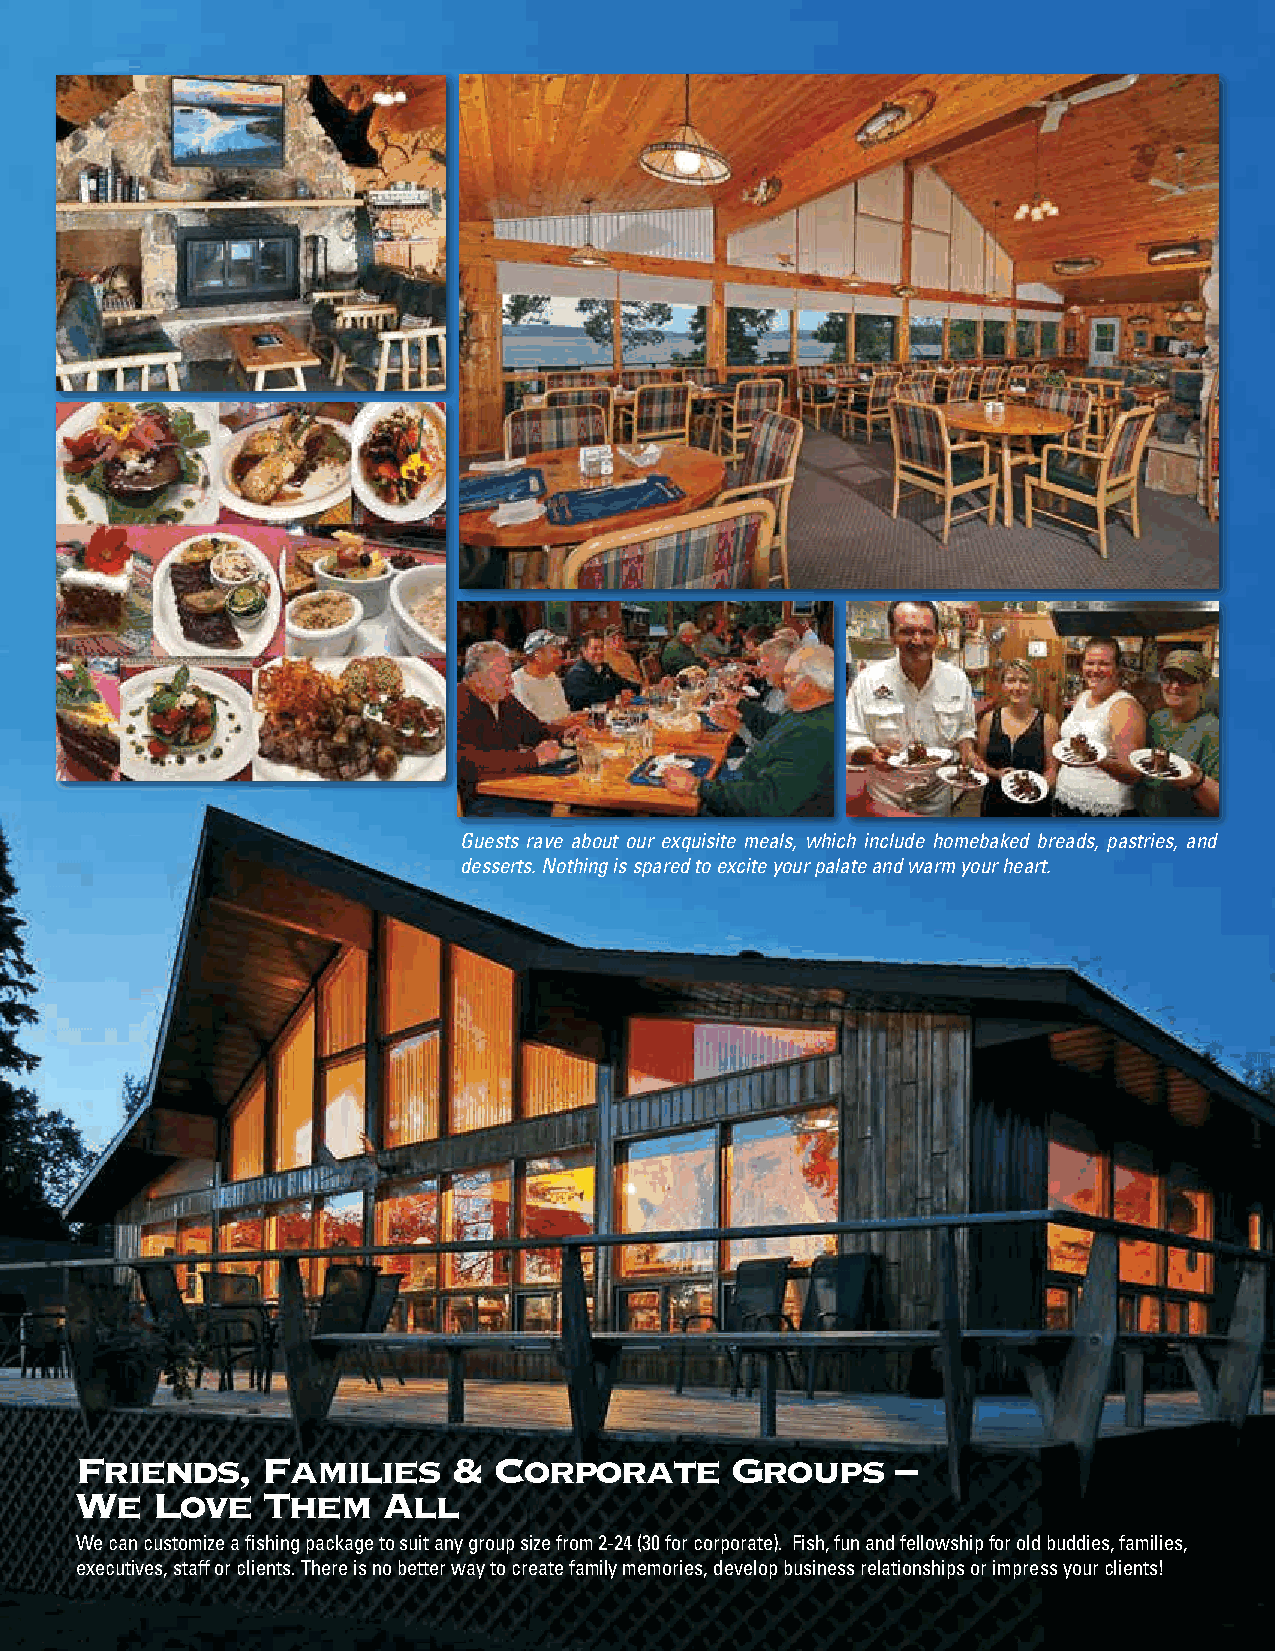
Guests rave about our exquisite meals, which include homebaked breads, pastries, and
 desserts. Nothing is spared to excite your palate and warm your heart.
 Friends,    Families     &  Corporate      Groups     –
 We   Love   Them    All
 We can customize a fishing package to suit any group size from 2-24 (30 for corporate). Fish, fun and fellowship for old buddies, families,
 executives, staff or clients. There is no better way to create family memories, develop business relationships or impress your clients!